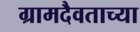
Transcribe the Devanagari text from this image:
ग्रामदैवताच्या